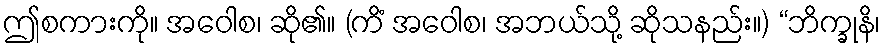
ဤစကားကို။ အဝေါစ၊ ဆို၏။ (ကိံ အဝေါစ၊ အဘယ်သို့ ဆိုသနည်း။) “ဘိက္ခုနိ၊